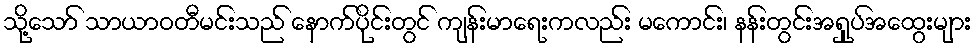
သို့သော် သာယာဝတီမင်းသည် နောက်ပိုင်းတွင် ကျန်းမာရေးကလည်း မကောင်း၊ နန်းတွင်းအရှုပ်အထွေးများ